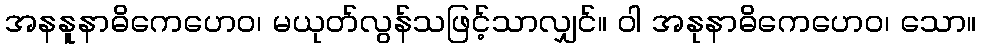
အနနူနာဓိကေဟေဝ၊ မယုတ်လွန်သဖြင့်သာလျှင်။ ဝါ အနုနာဓိကေဟေဝ၊ သော။